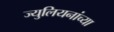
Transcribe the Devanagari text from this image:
ज्युलियनांच्या